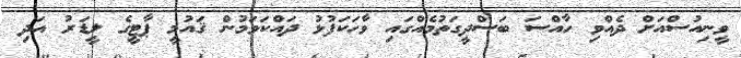
ވީނިއުސްއަށް ދެއްވި ހާއްސަ ބަސްދީގަތުމެއްގައި ވާހަކަފުޅު ދައްކަވަމުން ޤައުމީ ޕާޓީގެ ލީޑަރު އަދި